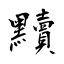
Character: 黷